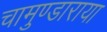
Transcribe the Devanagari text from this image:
चामुण्डाराया